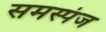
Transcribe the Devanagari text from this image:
समस्पंज